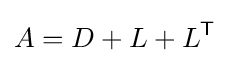
A=D+L+L^{\mathsf {T}}